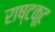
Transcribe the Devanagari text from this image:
राष्टकूट